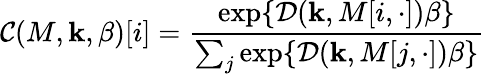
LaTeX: {\mathcal{C}}(M,\mathbf{k},\beta)[i]={\frac{\exp\{ {\mathcal{D}}(\mathbf{k},M[i,\cdot])\beta\} }{\sum_{j}\exp\{ {\mathcal{D}}(\mathbf{k},M[j,\cdot])\beta\} }}